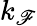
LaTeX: k_{\mathscr{F}}